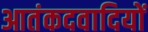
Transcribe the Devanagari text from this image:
आतंकदवादियों